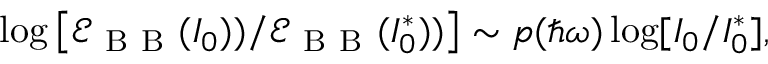
\log \left[ \mathcal { E } _ { \mathrm { ~ B ~ B ~ } } ( I _ { 0 } ) ) / \mathcal { E } _ { \mathrm { ~ B ~ B ~ } } ( I _ { 0 } ^ { * } ) ) \right] \sim p ( \hbar \omega ) \log [ I _ { 0 } / I _ { 0 } ^ { * } ] ,